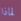
لماذا